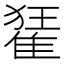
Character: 𨿗